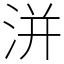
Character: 洴